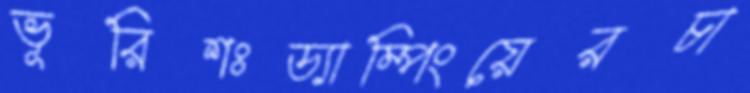
ভূরিশঃড্যাম্পিংয়েরচা